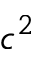
c ^ { 2 }